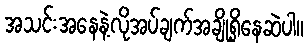
အသင်းအနေနဲ့လိုအပ်ချက်အချို့ရှိနေဆဲပါ။